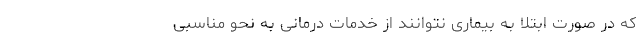
که در صورت ابتلا به بیماری نتوانند از خدمات درمانی به نحو مناسبی